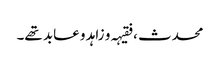
محدث ، فقیہہ و زاہد و عابد تھے۔